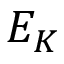
E _ { K }